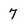
Character: 7